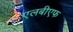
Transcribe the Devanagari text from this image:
एलबीएफ